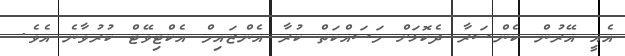
އެއީ އޭރުން ކެންސަރާ ދެކޮޅަށް މަސައްކަތް ކުރާ އެންޒައިމް އެކްޓިވޭޓް ކުރުވާނެ އެވެ.